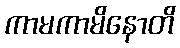
ကာမကာမိနောတိ